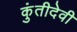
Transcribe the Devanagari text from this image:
कुंतीदेवी